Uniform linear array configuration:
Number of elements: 32
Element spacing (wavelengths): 0.5
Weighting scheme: kaiser
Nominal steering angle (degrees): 15
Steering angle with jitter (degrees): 14.292
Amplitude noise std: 0.05
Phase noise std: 0.05

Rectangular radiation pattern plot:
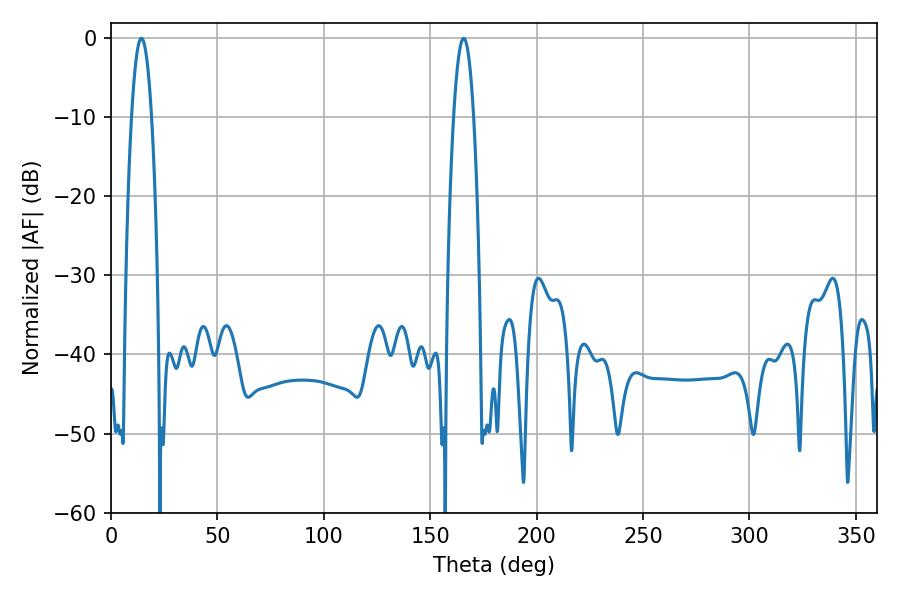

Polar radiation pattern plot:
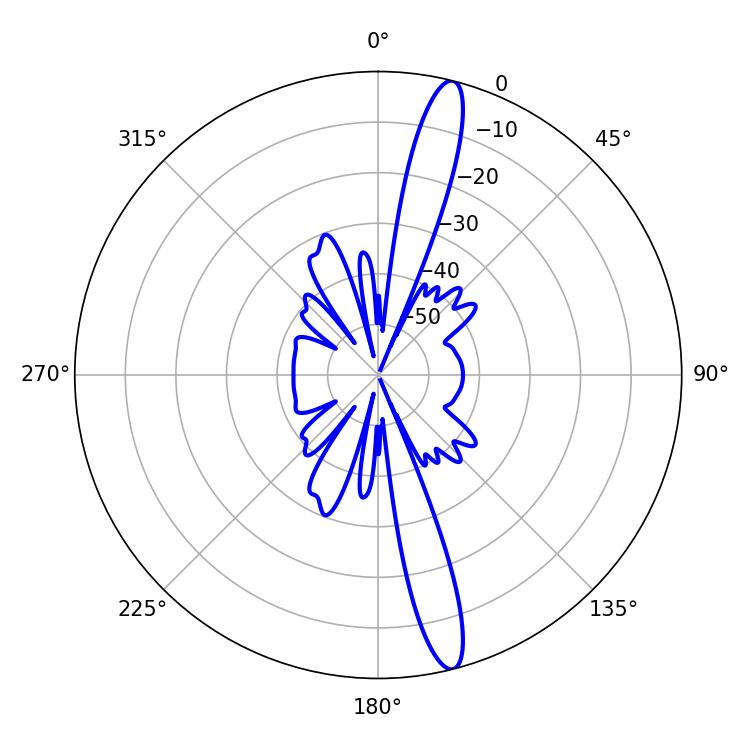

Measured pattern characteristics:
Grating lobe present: FALSE
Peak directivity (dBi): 16.178
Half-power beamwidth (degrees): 5.22
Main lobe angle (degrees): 14.22